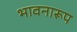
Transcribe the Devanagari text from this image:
भावनारूप